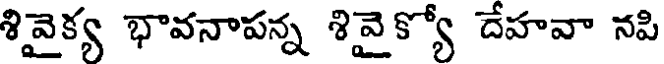
శివైక్య భావనాపన్న శివై క్యో దేహవా నపి